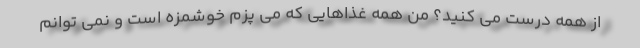
از همه درست می کنید؟ من همه غذاهایی که می پزم خوشمزه است و نمی توانم